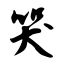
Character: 哭